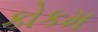
કોકમ